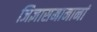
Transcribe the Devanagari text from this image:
जिज्ञासमानानां